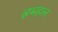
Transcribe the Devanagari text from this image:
ब्रमहल